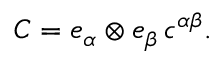
C = e _ { \alpha } \otimes e _ { \beta } \, c ^ { \alpha \beta } .